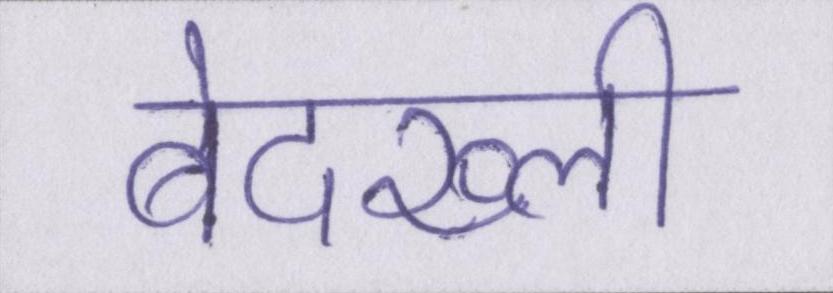
बेदख्ली